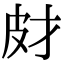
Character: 𤿋